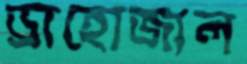
ড্রাহোজাল